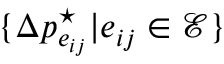
\{ \Delta p _ { e _ { i j } } ^ { \star } | e _ { i j } \in \mathcal { E } \}